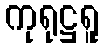
ကုရုဋ္ဌရူ